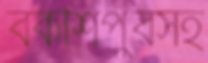
বকশিপুরসহ